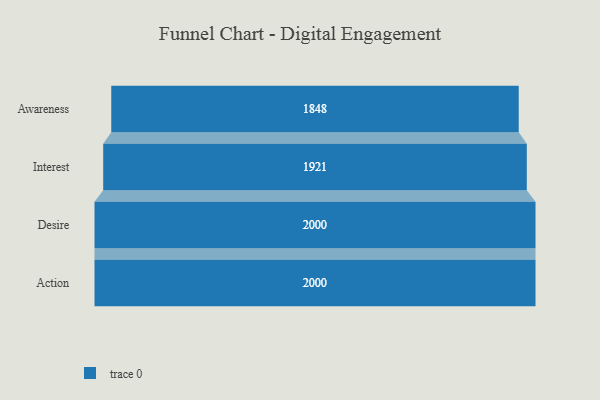
{"axis": {"x": "Stage", "y": "Value"}, "legend": [""], "data": [{"x": "Awareness", "y": 1848.0, "type": ""}, {"x": "Interest", "y": 1921.0, "type": ""}, {"x": "Desire", "y": 2000, "type": ""}, {"x": "Action", "y": 2000, "type": ""}]}